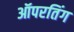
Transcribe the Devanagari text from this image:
ऑपरतिंग